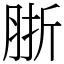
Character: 䏳